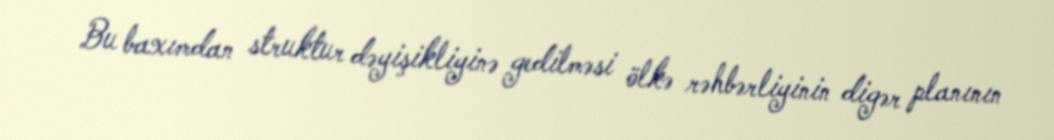
Bu baxımdan struktur dəyişikliyinə gedilməsi ölkə rəhbərliyinin digər planının